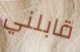
قابلني